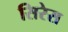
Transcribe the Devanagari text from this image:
सिरेस